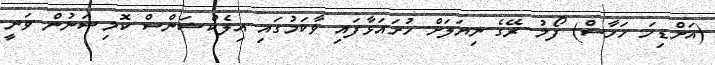
(އަށްޑިހަ ހަހާސް) ފޯމު ރޭގެ ނިޔަލަށް ހުށައަޅާފައި ވާކަމުގައި އިލެކްޝަންސް ކޮމިޝަނުން ވަނީ